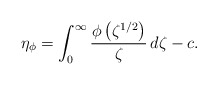
\begin{align*}\eta_{\phi}=\int_0^{\infty}\frac{\phi\left(\zeta^{1/2}\right)}{\zeta}\, d \zeta-c. \end{align*}